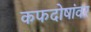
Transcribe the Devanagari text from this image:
कफदोषांवर